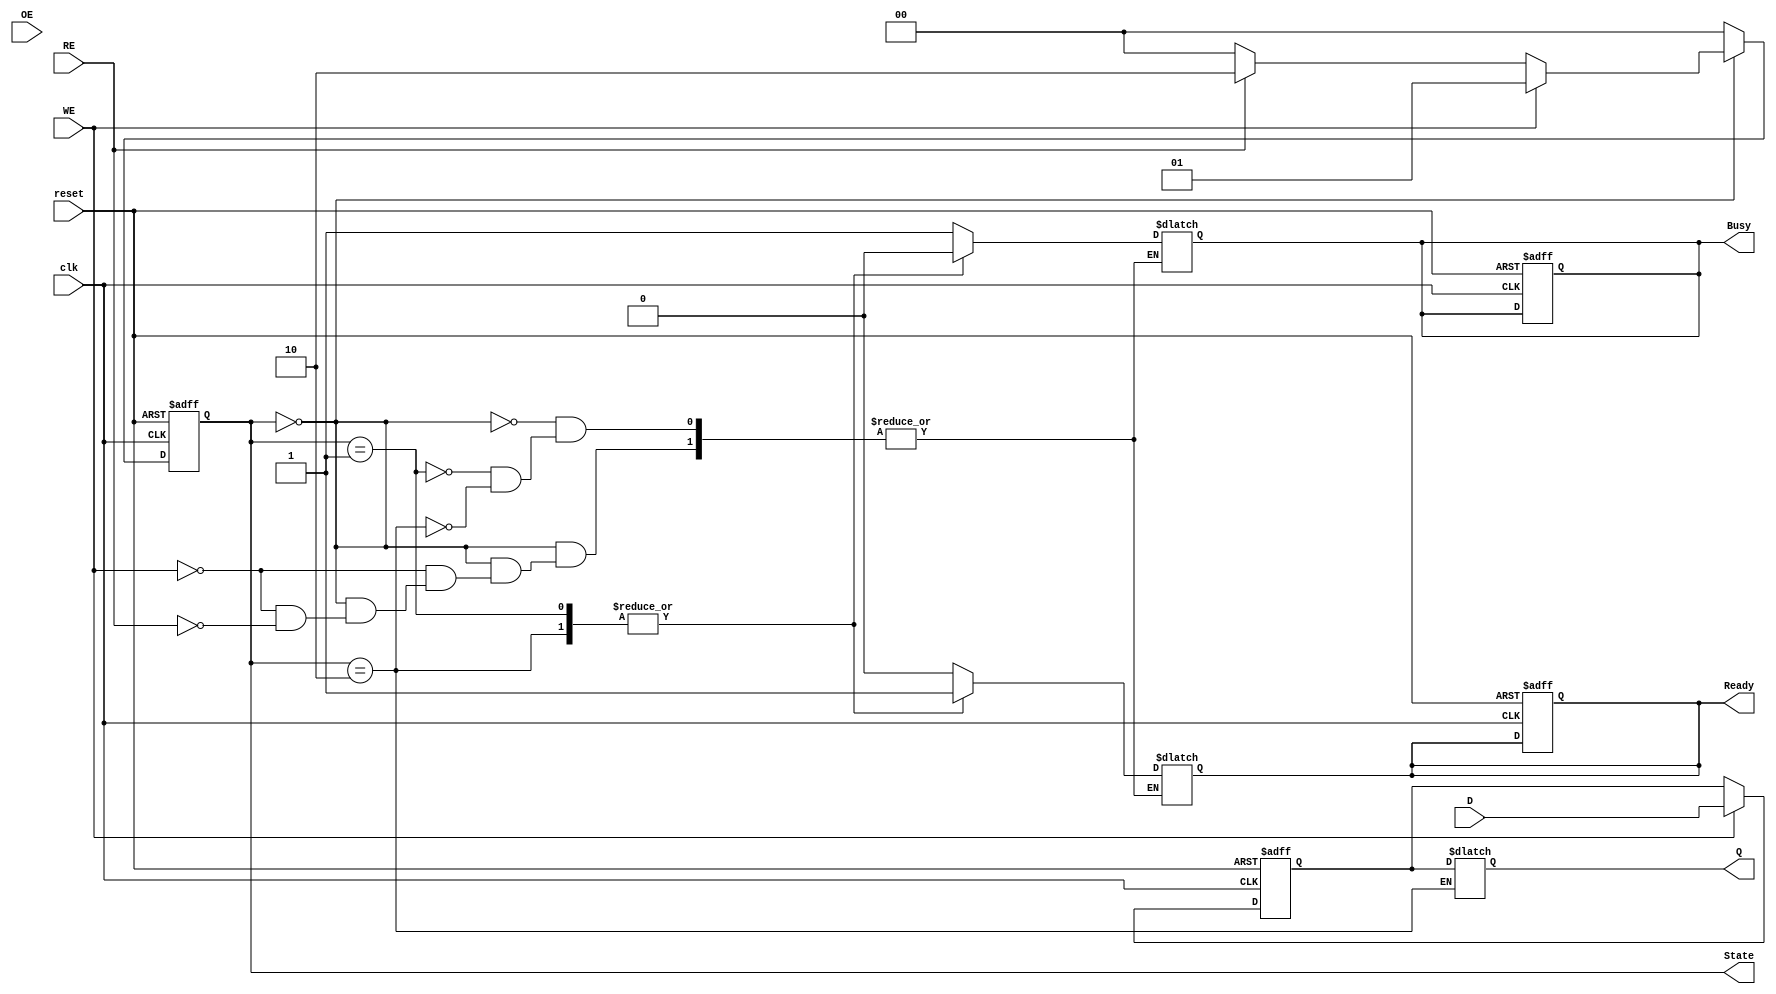
module dlc_eeprom_io (
    input wire clk,                // System clock
    input wire reset,              // Asynchronous reset
    input wire WE,                 // Write Enable
    input wire RE,                 // Read Enable
    input wire OE,                 // Output Enable
    input wire [7:0] D,            // Data Input
    output reg [7:0] Q,            // Data Output
    output reg Busy,               // Busy signal
    output reg Ready,              // Ready signal
    output reg [1:0] State         // State of the state machine
);

// Internal signals
reg [7:0] data_buffer;            // Buffer for input data
reg [1:0] next_state;             // Next state for state machine

// Input Buffer
always @(posedge clk or posedge reset) begin
    if (reset) begin
        data_buffer <= 8'b0;
    end else if (WE) begin
        data_buffer <= D;          // Latch input data on Write Enable
    end
end

// State Machine
always @(posedge clk or posedge reset) begin
    if (reset) begin
        State <= 2'b00;            // Idle state
        Busy <= 1'b0;
        Ready <= 1'b1;
    end else begin
        State <= next_state;       // Update current state
    end
end

// Next State Logic
always @(*) begin
    case (State)
        2'b00: begin                // Idle state
            if (WE) begin
                next_state = 2'b01; // Transition to Write state
                Busy = 1'b1;
                Ready = 1'b0;
            end else if (RE) begin
                next_state = 2'b10; // Transition to Read state
                Busy = 1'b1;
                Ready = 1'b0;
            end else begin
                next_state = 2'b00; // Remain in Idle state
            end
        end
        2'b01: begin                // Write state
            // Write operation logic (e.g., store data in EEPROM)
            next_state = 2'b00;     // Transition back to Idle
            Busy = 1'b0;
            Ready = 1'b1;
        end
        2'b10: begin                // Read state
            Q = data_buffer;         // Output data from buffer
            next_state = 2'b00;      // Transition back to Idle
            Busy = 1'b0;
            Ready = 1'b1;
        end
        default: begin
            next_state = 2'b00;      // Default to Idle
        end
    endcase
end

// Output Buffer with Tri-state Logic
assign bus = (OE) ? Q : 8'bz;     // Tri-state output

// Power Management Logic (simplified)
always @(posedge clk or posedge reset) begin
    if (reset) begin
        // Manage power states here
    end else begin
        // Power management logic based on state
    end
end

// ESD and Over-voltage protection (not implemented in this simple model)
// Typically requires additional circuitry that is outside the scope of Verilog

endmodule